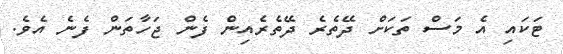
ޓަކައި އެ މަސް ތަކަށް ދޭތެރެ ދޭތެރެއިން ފެން ޖަހާތަން ފެނެ އެވެ.